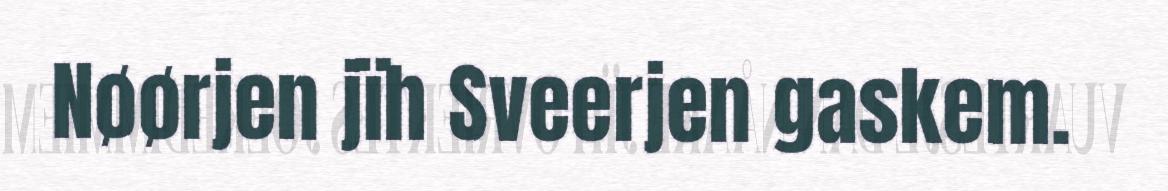
Nøørjen jïh Sveerjen gaskem.